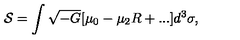
{ \cal S } = \int \sqrt { - G } [ \mu _ { 0 } - \mu _ { 2 } R + . . . ] d ^ { 3 } \sigma ,